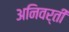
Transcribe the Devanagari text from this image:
अनिवर्ती